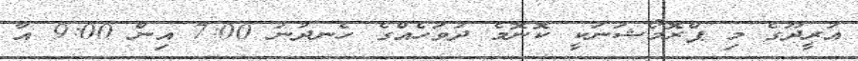
އުރީދޫގެ މި ޕްރޮމޯޝަނަކީ ކޮނޮމެ ދުވަހެއްގެ ހެނދުނު 7:00 އިން 9:00 އާ